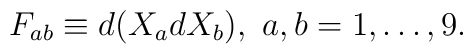
F_{ab}\equiv d(X_{a}dX_{b})  ,\, \, a,b = 1,\ldots,9.